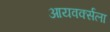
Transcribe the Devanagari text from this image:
आयवर्क्सला